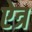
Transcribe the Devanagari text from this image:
ऐत्र